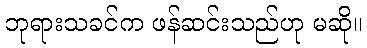
ဘုရားသခင်က ဖန်ဆင်းသည်ဟု မဆို။